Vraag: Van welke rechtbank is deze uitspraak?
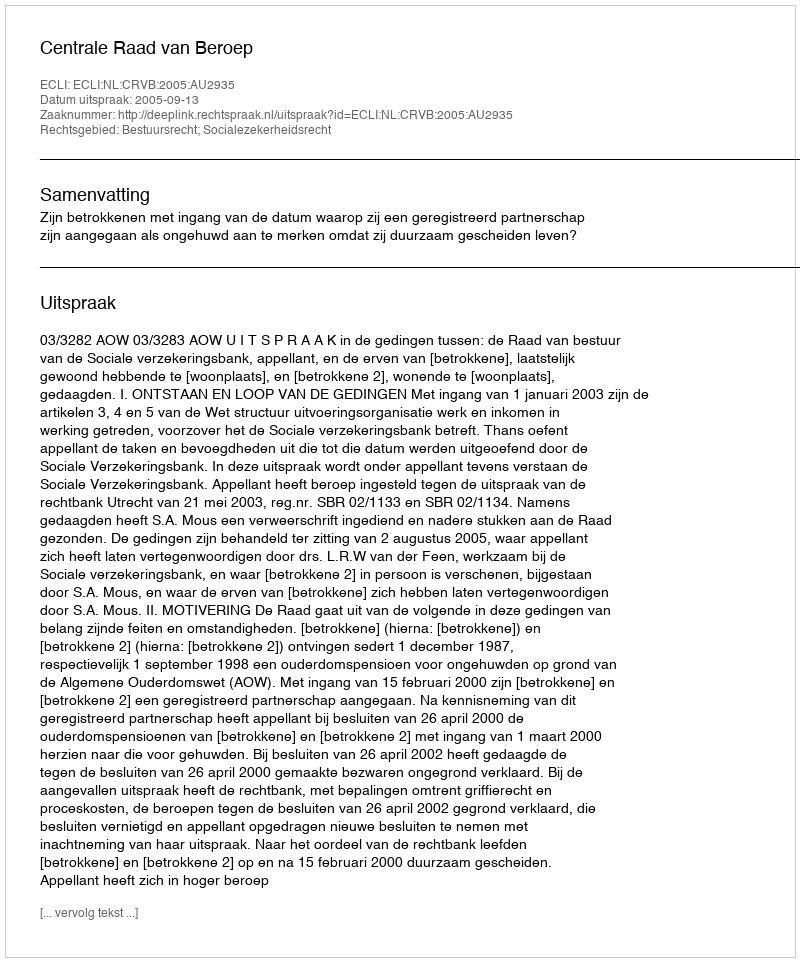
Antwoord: Centrale Raad van Beroep